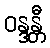
ဝန္ဒန္တီ